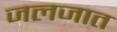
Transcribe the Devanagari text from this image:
जलजात